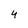
Character: 4